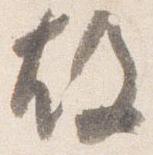
故